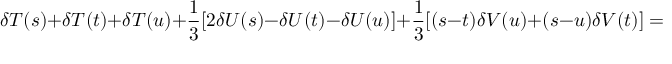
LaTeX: \delta T ( s ) + \delta T ( t ) + \delta T ( u ) + \frac { 1 } { 3 } [ 2 \delta U ( s ) - \delta U ( t ) - \delta U ( u ) ] + \frac { 1 } { 3 } [ ( s - t ) \delta V ( u ) + ( s - u ) \delta V ( t ) ] = 0 .